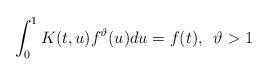
LaTeX: \begin{align*}\int_0^1K(t,u)f^{\vartheta}(u)du=f(t), \,\ \vartheta>1\end{align*}